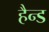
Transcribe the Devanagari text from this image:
हैन्ड